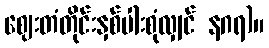
ဈေးတံတိုင်းနှစ်ပါးစုံလျှင် နဂရ)။